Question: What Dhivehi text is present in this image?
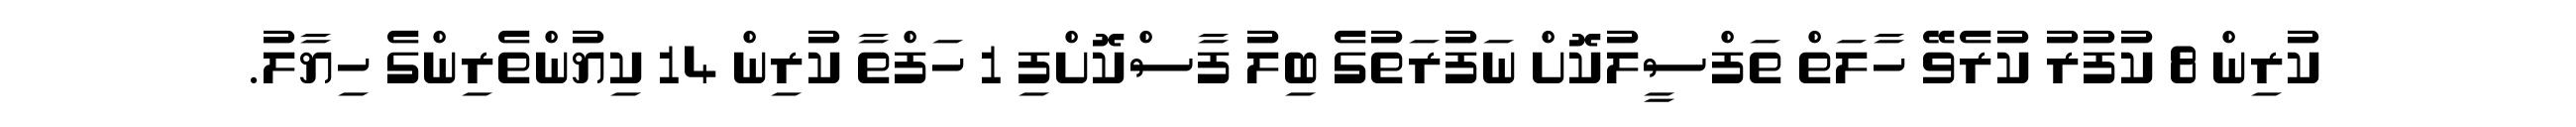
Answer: ކުރިން 8 ކުފުރު ކުރެވޭ ހާލަތް ތަފްސީލުކޮށް ނަފުރަތުގެ ބިލު ފާސްކޮށްފި 1 ހަފްތާ ކުރިން 14 ކިޔުންތެރިންގެ ހިޔާލު.